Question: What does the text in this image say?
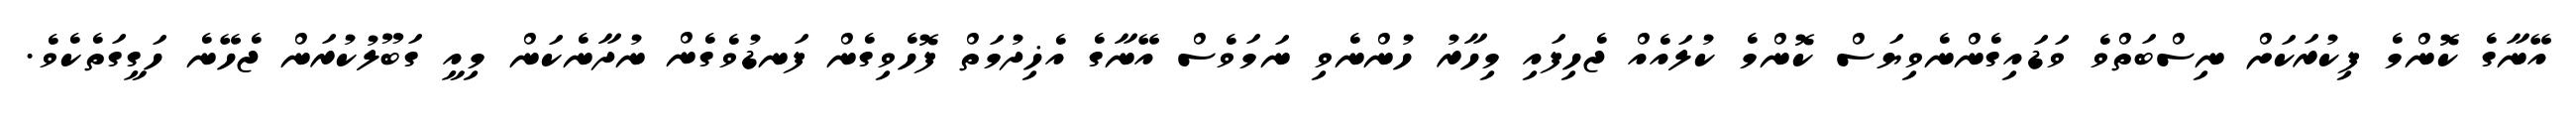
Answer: އޭނާގެ ކޮންމެ ފިކުރަކަށް ނިސްބަތްވެ ވަޑައިގެންނެވިޔަސް ކޮންމެ ކުލައެއް ޖެހިފައި މިހާރު ހުންނެވި ނަމަވެސް އޭނާގެ އެޚިދުމަތް ފޮހެވިގެން ފަނޑުވެގެން ނުދާނެކަން މިއީ ގަބޫލުކުރަން ޖެހޭނެ ހަގީގަތެކެވެ.